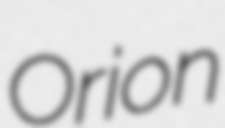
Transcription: Orion